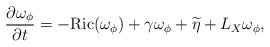
LaTeX: \begin{align*} \frac{\partial \omega_{\phi}}{\partial t}=-{\rm Ric}(\omega_{\phi})+\gamma \omega_{\phi}+\widetilde{\eta}+L_X\omega_{\phi},\end{align*}